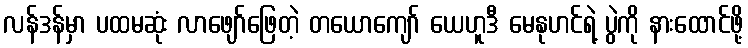
လန်ဒန်မှာ ပထမဆုံး လာဖျော်ဖြေတဲ့ တယောကျော် ယေဟူဒီ မေနုဟင်ရဲ့ ပွဲကို နားထောင်ဖို့